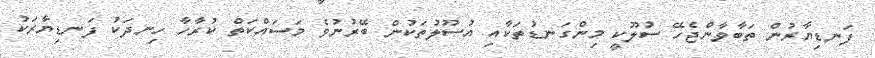
ފަނޑިޔާރުން ތަބާވާންޖެހޭ ސުލޫކީ މިންގަނޑުތަކާއި އުސޫލުތަކުން ބޭރުނުވެ މަސައްކަތް ކުރާހާ ހިނދަކު ފަނޑިޔާރަކު